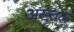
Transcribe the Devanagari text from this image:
अख्तल